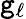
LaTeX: \mathtt{g}_{\ell}